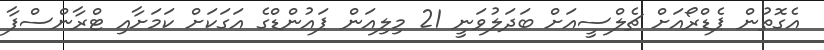
އެގޮތުން ޕެޑްރޯއަށް ޗެލްސީއަށް ބަދަލުވަނީ 21 މިލިއަން ޕައުންޑްގެ އަގަކަށް ކަމަށާއި ޓްރާންސްފާ